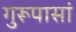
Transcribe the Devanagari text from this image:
गुरूपासां